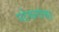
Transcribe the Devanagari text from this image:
पटेकरांचा